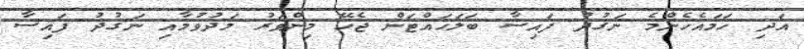
އަދި ހަމައެހެންމެ ނަގުދު ފައިސާ ބަލަހައްޓަން ޖެހޭ މިންވަރު މަދުވުމާއި ނަގުދު ފައިސާ